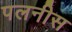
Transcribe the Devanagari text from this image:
पलनीस